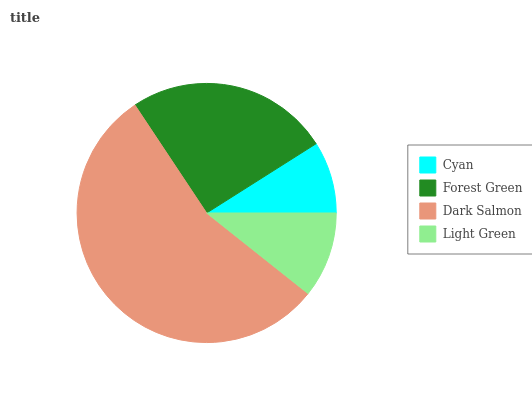
| Cyan | Forest Green | Dark Salmon | Light Green |
 | --- | --- | --- | --- |
 | 8.99% | 25.3% | 55% | 10.7% |